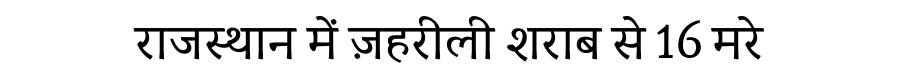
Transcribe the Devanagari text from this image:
राजस्थान में ज़हरीली शराब से 16 मरे